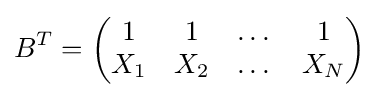
B^{T}=\left({\begin{matrix}1&1&\dots &1\\X_{1}&X_{2}&\dots &X_{N}\\\end{matrix}}\right)